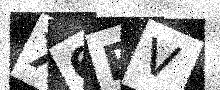
Text: X6RV